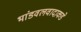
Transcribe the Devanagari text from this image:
भांडवलवादाकडे